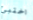
اختبئ